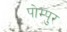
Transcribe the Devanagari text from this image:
पोम्पुर